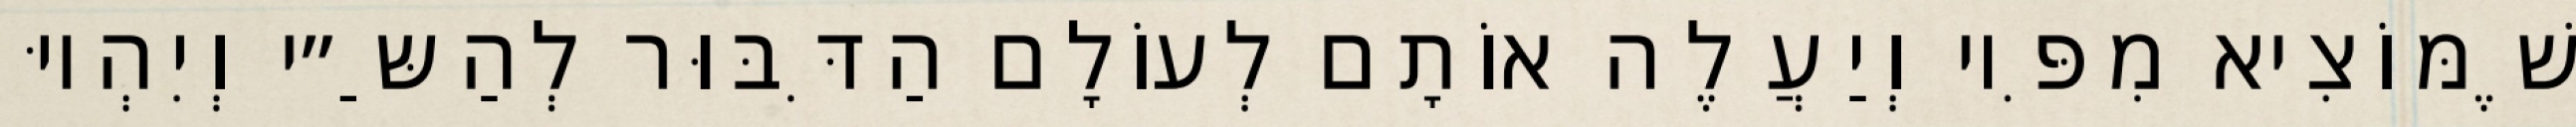
שֶׁמּוֹצִיא מִפִּיו וְיַעֲלֶה אוֹתָם לְעוֹלָם הַדִּבּוּר לְהַשַּ״י וְיִהְיוּ